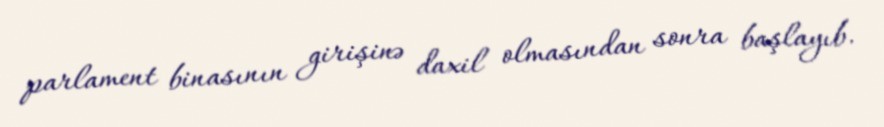
parlament binasının girişinə daxil olmasından sonra başlayıb.